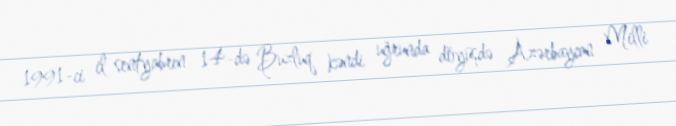
1991-ci il sentyabrın 14-də Buzluq kəndi uğrunda döyüşdə Azərbaycan Milli